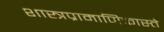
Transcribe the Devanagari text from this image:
शास्त्रप्रामाणिकास्ते